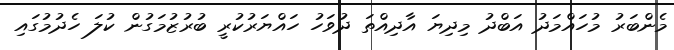
މެންބަރު މުހައްމަދު އަބްދު މިދިޔަ އާދިއްތަ ދުވަހު ހައްޔަރުކުރީ ބުރުޒުމަގުން ކުލަ ހެދުމުގައި